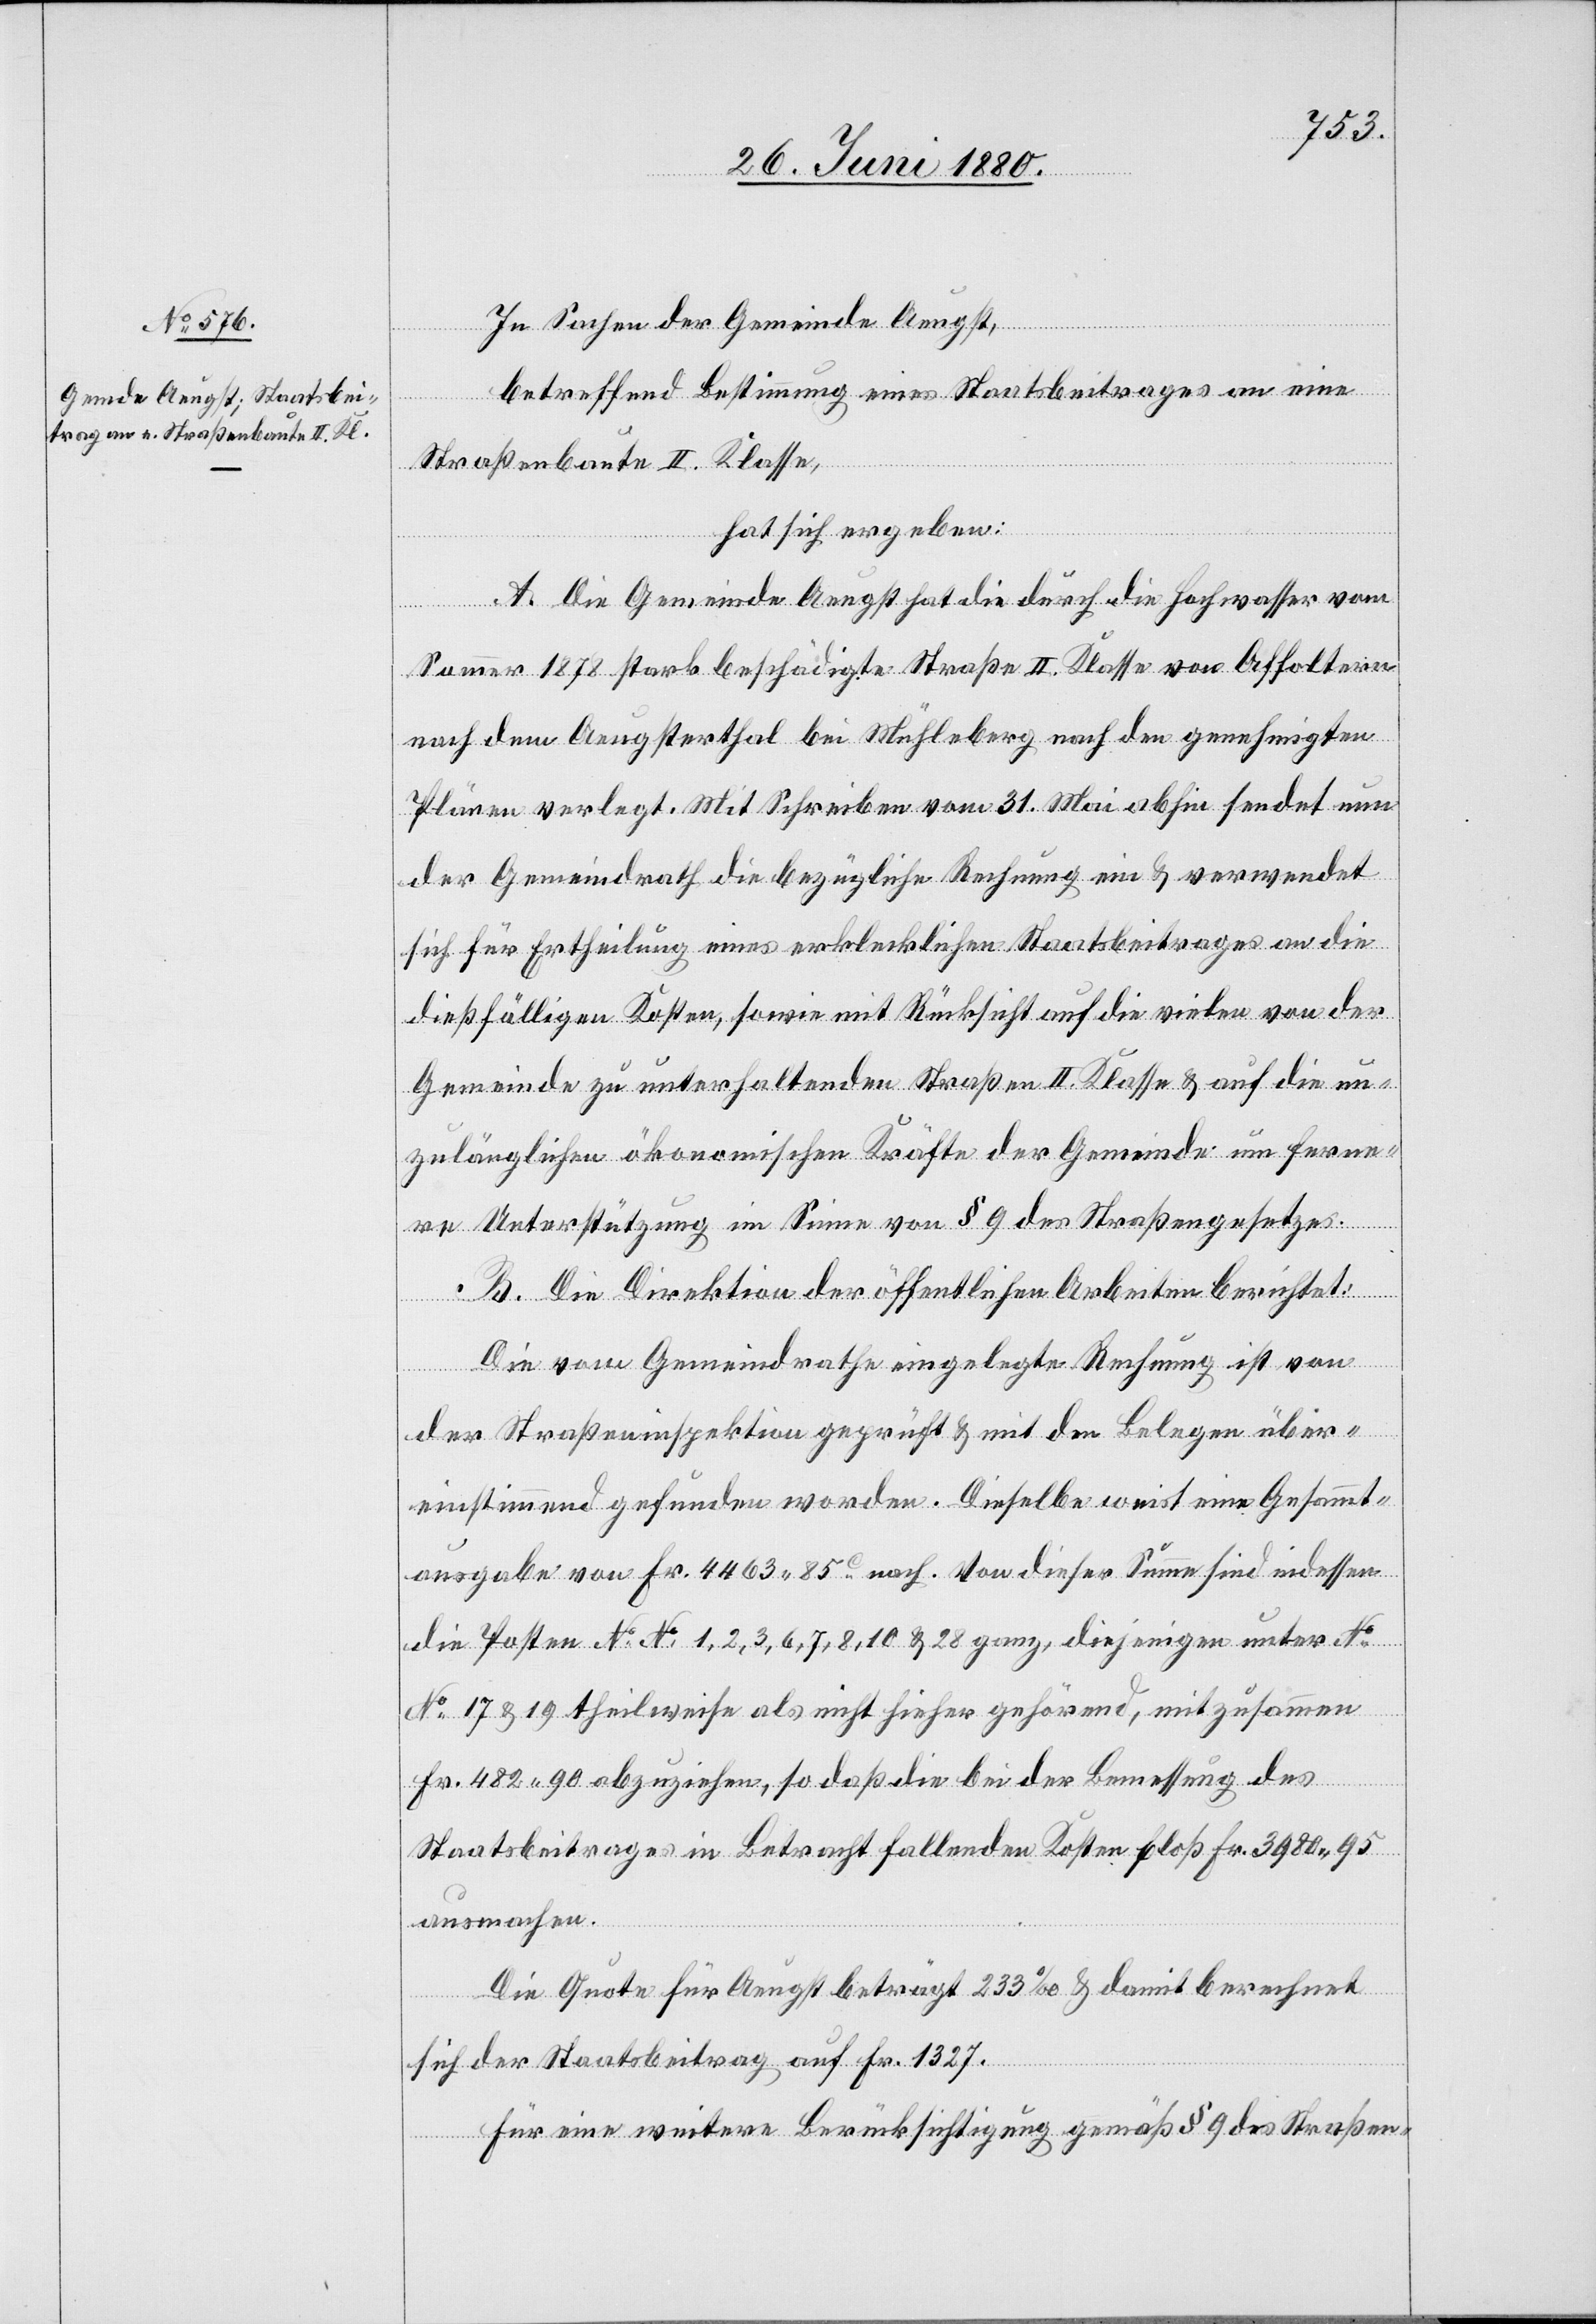
In Sachen der Gemeinde Aeugst,
betreffend Bestimmung eines Staatsbeitrages an eine
Straßenbaute II. Klasse,
hat sich ergeben:
A. Die Gemeinde Aeugst hat die durch die Hochwasser vom
Sommer 1878 stark beschädigte Straße II. Klasse von Affoltern
nach dem Aeugsterthal bei Mühleberg nach den genehmigten
Plänen verlegt. Mit Schreiben vom 31. Mai abhin sendet nun
der Gemeindrath die bezügliche Rechnung ein & verwendet
sich für Ertheilung eines erklecklichen Staatsbeitrages an die
dießfälligen Kosten, sowie mit Rücksicht auf die vielen von der
Gemeinde zu unterhaltenden Straßen II. Klasse & auf die un¬
zulänglichen ökonomischen Kräfte der Gemeinde um ferne¬
re Unterstützung im Sinne von § 9 des Straßengesetzes.
B. Die Direktion der öffentlichen Arbeiten berichtet:
Die vom Gemeindrathe eingelegte Rechnung ist von
der Straßeninspektion geprüft & mit den Belegen über¬
einstimmend gefunden worden. Dieselbe weist eine Gesammt¬
ausgabe von Fr. 4463. 85c nach. Von dieser Summe sind indessen
die Posten No No [sic!] 1, 2, 3, 6, 7, 8, 10 & 28 ganz, diejenigen unter No
17 & 19 theilweise als nicht hieher gehörend, mit zusammen
Fr. 482.90 abzuziehen, so daß die bei der Bemessung des
Staatsbeitrages in Betracht fallenden Kosten bloß Fr. 3980.95
ausmachen.
Die Quote für Aeugst beträgt 233‰ & damit berechnet
sich der Staatsbeitrag auf Fr. 1327.
Für eine weitere Berücksichtigung gemäß § 9 des Straßen-